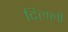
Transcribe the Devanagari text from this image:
दिलली